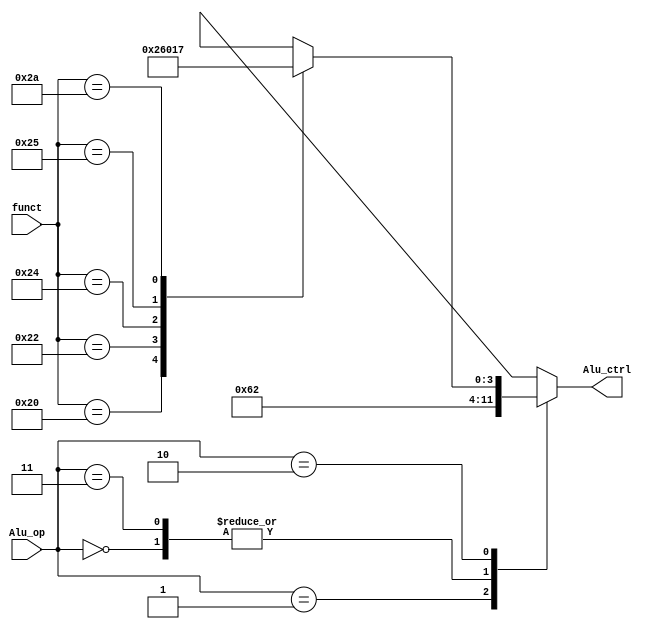
module Alu_ctrl(Alu_op,funct,Alu_ctrl);
  input [1:0]Alu_op;
  input [5:0]funct;
  output reg[3:0]Alu_ctrl;
  
  /*always@(*) begin
  if (Alu_op==2'b00)  Alu_ctrl=4'b0010;  //lw,sw-->add 
  else if(Alu_op==2'b01) Alu_ctrl=4'b0110; //beq-->sub
  else if(Alu_op==2'b11)  Alu_ctrl=4'b0010; //addi
  else if(Alu_op==2'b10) 
  begin
      if(funct== 6'b100000) Alu_ctrl=4'b0010;//add
      else if(funct== 6'b100010) Alu_ctrl=4'b0110;//sub
      else  if(funct==6'b100100) Alu_ctrl=4'b0000;//and
      else if(funct== 6'b100101) Alu_ctrl=4'b0001;//or
      else if (funct==6'b101010) Alu_ctrl=4'b0111;//slt
  end   // lacks default mode
  else Alu_ctrl = 32'bX;
end*/
    always @(*) begin
      case (Alu_op)
        2'b00: Alu_ctrl=4'b0010;
        2'b01: Alu_ctrl=4'b0110;
        2'b11: Alu_ctrl=4'b0010;
        2'b10: case (funct)
		    6'b100000: Alu_ctrl=4'b0010;
          6'b100010: Alu_ctrl=4'b0110;
          6'b100100: Alu_ctrl=4'b0000;
          6'b100101: Alu_ctrl=4'b0001;
          6'b101010: Alu_ctrl=4'b0111;
          default: Alu_ctrl=4'bXXXX;
        endcase
        default: Alu_ctrl=4'bXXXX;
      endcase
    end
     
endmodule